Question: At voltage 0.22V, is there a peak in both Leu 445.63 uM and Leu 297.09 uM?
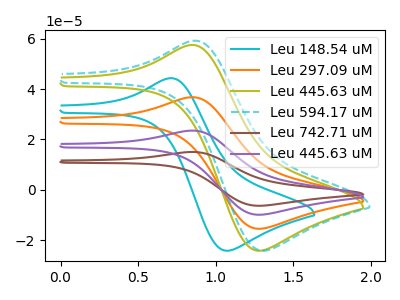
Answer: <think>The cyan curve "Leu 148.54 uM" has an anodic peak at (0.70V, 44.35uA) and a cathodic peak at (1.05V, -24.15uA). The orange curve "Leu 297.09 uM" has an anodic peak at (0.85V, 36.80uA) and a cathodic peak at (1.30V, -15.45uA). The olive curve "Leu 445.63 uM" has an anodic peak at (0.85V, 57.50uA) and a cathodic peak at (1.30V, -24.15uA). The cyan dashed curve "Leu 594.17 uM" has an anodic peak at (0.85V, 59.20uA) and a cathodic peak at (1.30V, -24.15uA). The brown curve "Leu 742.71 uM" has an anodic peak at (0.85V, 110.35uA) and a cathodic peak at (1.30V, -46.35uA). The purple curve "Leu 445.63 uM" has an anodic peak at (0.85V, 73.55uA) and a cathodic peak at (1.30V, -30.90uA).</think>
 <answer>No, "Leu 445.63 uM" and "Leu 297.09 uM" dont share a peak at 0.22V.</answer>
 <eval>mismatch</eval>